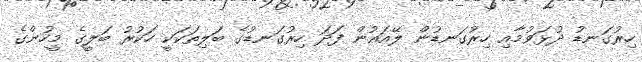
ހިރުގަނޑު ދުޅަވުމާއި ހިރުގަނޑުން ލޭއައުން ފަދަ ހިރުގަނޑުގެ ބަލިތަކަކީ ހަކުރު ބަލީގެ މީހުންގެ